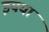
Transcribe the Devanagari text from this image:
इयया